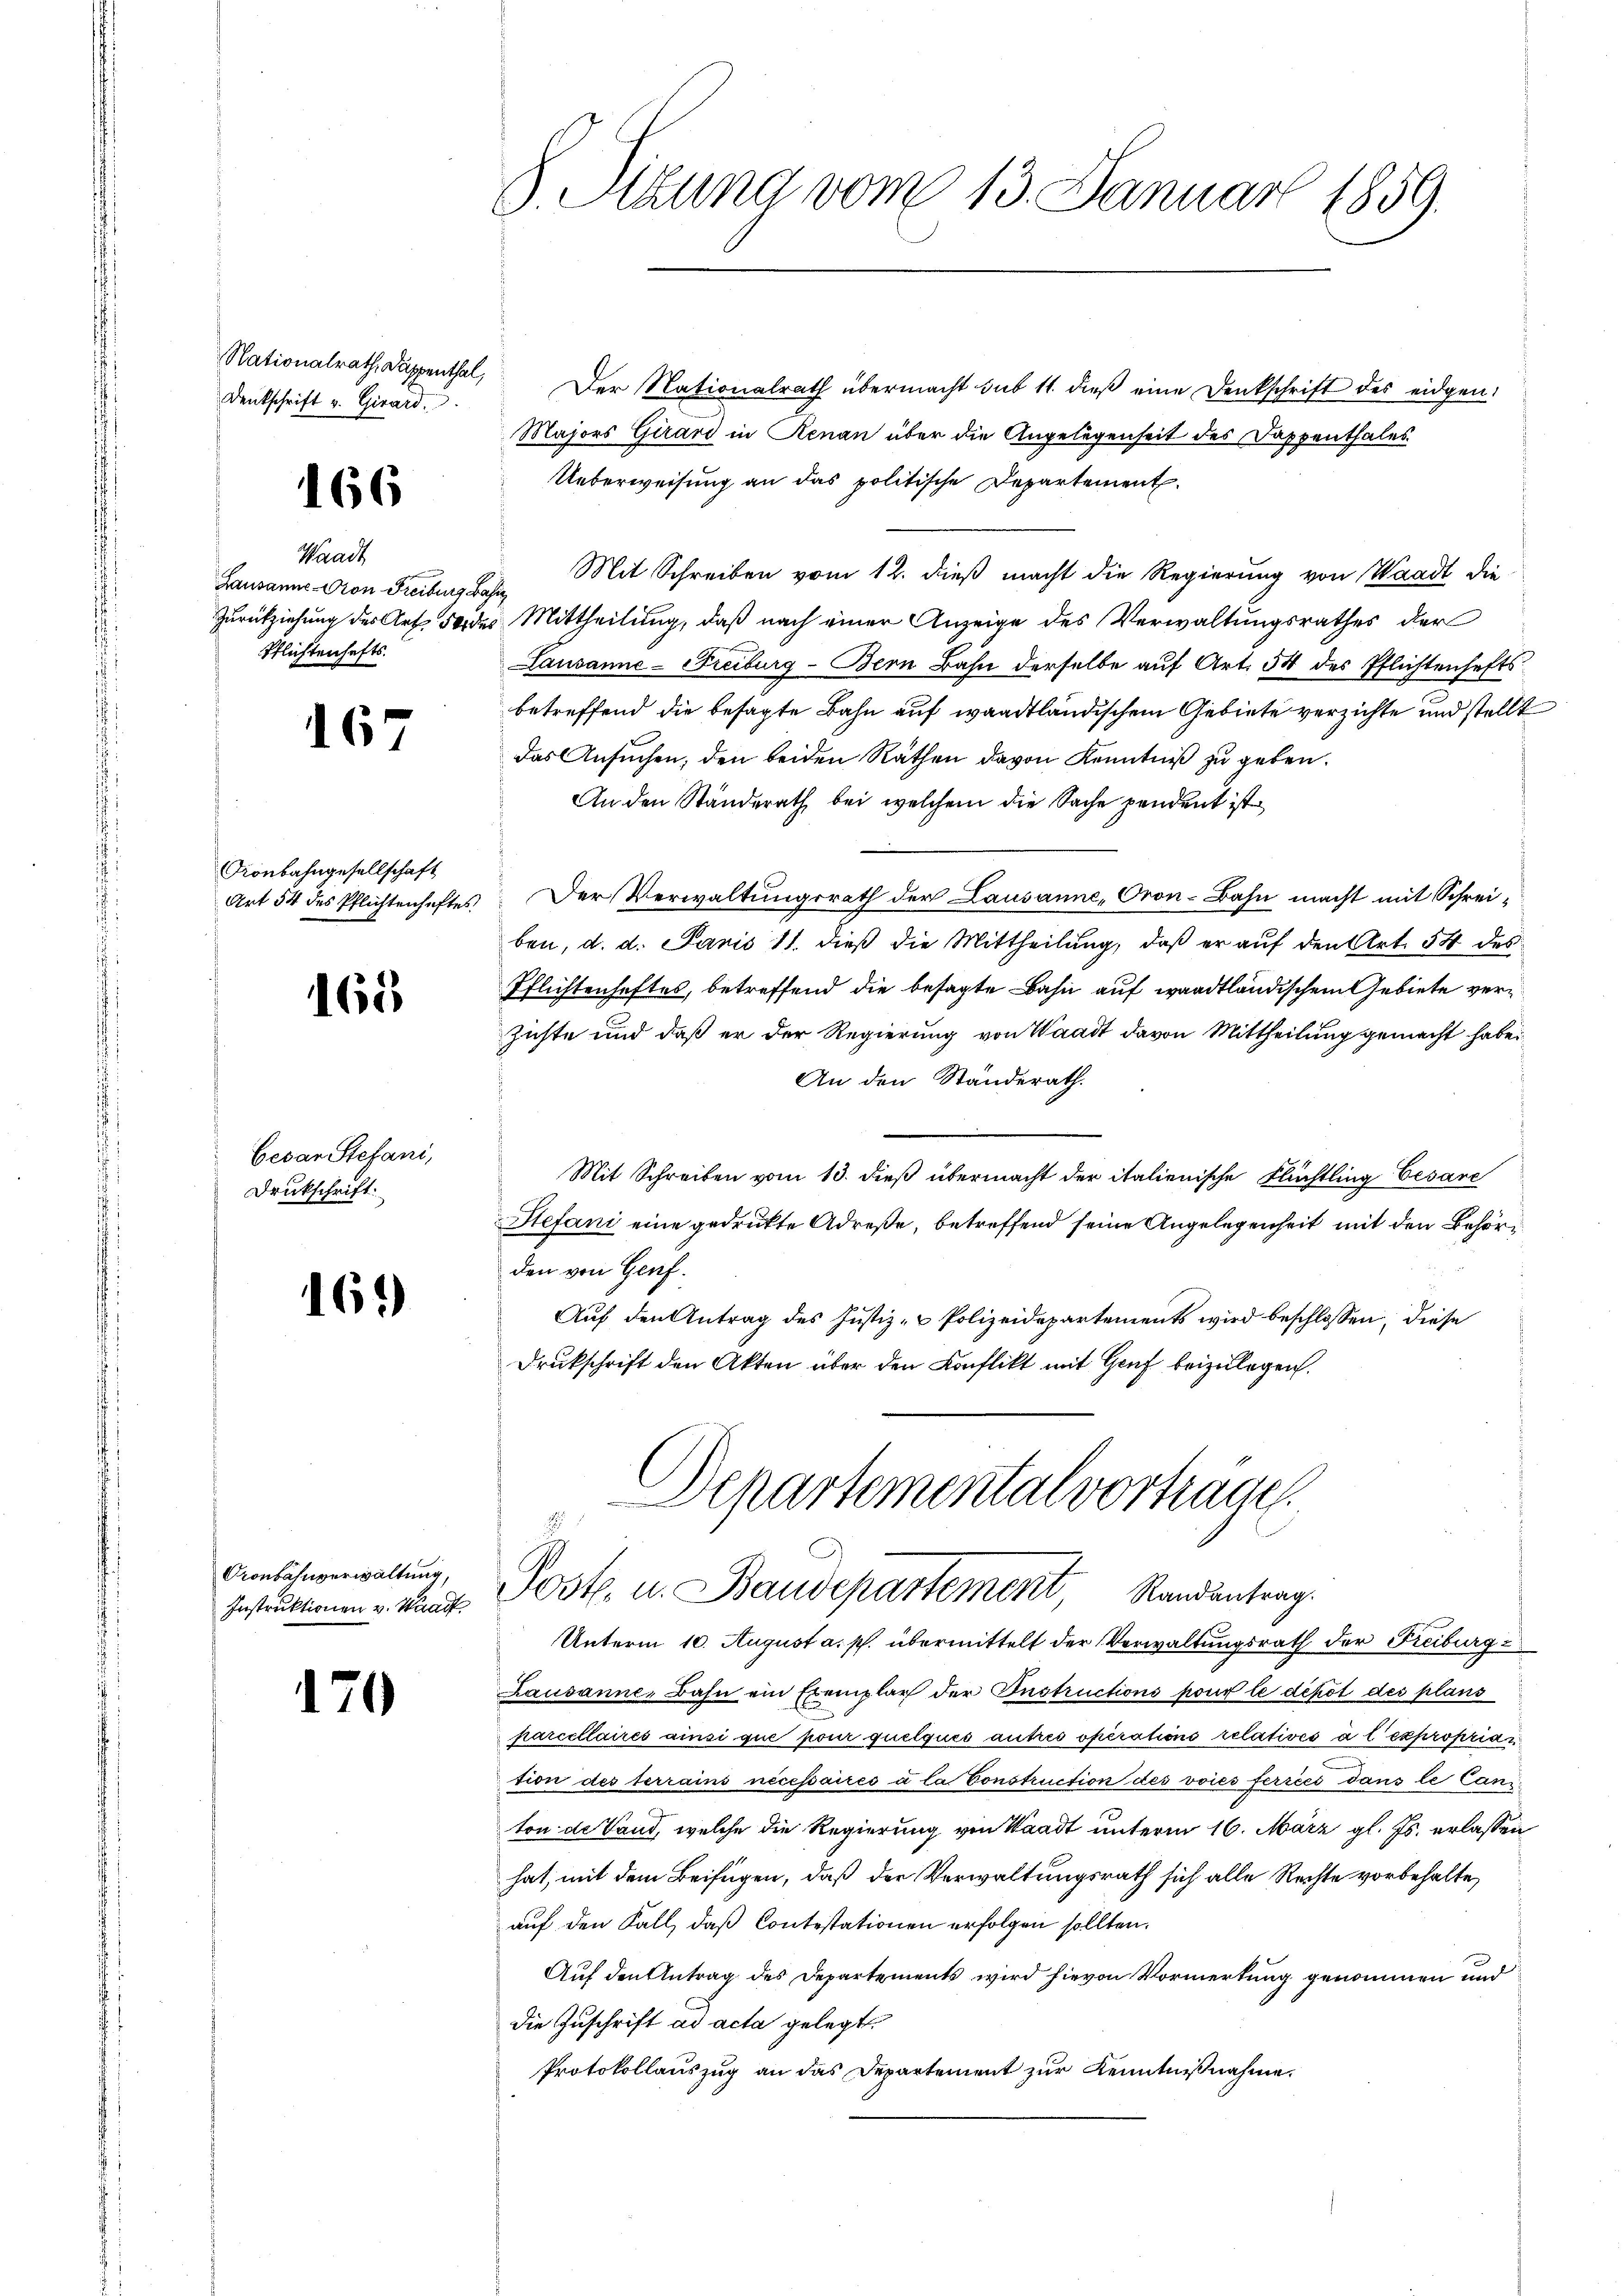
Nationalrath, Dappenthal,
Denkschrift v. Girard,

166

Waadt
Lausanne-Oron Freiburg Bahn
Pflichtenhafts¬

167

Konbahngesellschaft

¬

Cesar Stefani,
Drukschrift.

163)

h

160

Cronbähnverwaltung,
Instruktionen v. Waadt

71

Der Nationalrath übermacht sub 11. dieβ eine Denkschrift des eidgen.
Majors Girard in Renau über die Angelegenheit des Dappenthales
Ueberweisung an das politische Departement
Mit Schreiben vom 12. dieß macht die Regierung von Waadt die
Zurückziehung des Art 50 des Mittheilung, daß nach einer Anzeige des Verwaltungsrathes der
Lausanne-Freiburg - Bern Bahn derselbe auf Art. 54 des Pflichtenhaftsbetreffend die besagte Bahn auf waadtländischem Gebiete verzichte und stellt
das Ansuchen, den beiden Räthen davon Kenntniß zu geben.
An den Standerath bei welchem die Sache pendent ist
Art 54 des Pflichtenhaftes: Der Verwaltungsrath der Lausanne, Oron-Bahn macht mit Schreiben, d. d. Janis 11. dieß die Mittheilung, daß er auf den Art. 54 des
Pflichtenhaftes, betreffend die besagte Bahn auf waadtländischem Gebiete verzichte und daß er der Regierung von Waadt davon Mittheilung gemacht habe.
An den Standerath.
Mit Schreiben vom 13. dieß übermacht der italienische Flüchtling Cesare
Stefani eine gedrukte Adrese, betreffend seine Angelegenheit mit den Behörden von Genf.
Auf den Antrag des Justiz- & Polizeidepartements wird beschlossen, diese
Drukschrift den Akten über den Konflikt mit Genf beizulegen.
Departemental vorträge.

S. Sitzung vom 13. Januar 1859.

Post. u. Baudepartement, Randantrag.
Unterm 10. August a. p. übermittelt der Verwaltungsrath der Freiburg

Lausanne, Bahn ein Exemplar der Instructions pour le dépôt des plans
parcellaires ainsi que pour quelques autres operations relatives à l’exproprian
tion des terrains nécessaires à la Construction des voies ferréés dans le Cani
ton de Land, welche die Regierung von Waadt unterm 16. März gl. Js. erlassen
hat, mit dem Beifügen, daß der Verwaltungsrath sich alle Rechte vorbehalte,
auf den Fall, daß Contestationen erfolgen sollten.
Auf den Antrag des Departements wird hievon Vormerkung genommen und
die Zuschrift ad acta gelegt.
Protokollauszug an das Departement zur Kenntnißnahme.